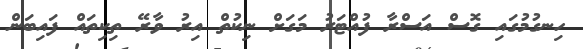
ހިނގުމުގައި ގޮސް އަސްރާ ފުއްޓަރު މަގަށް ނިކުތް އިރު ވާރޭ ތިކިތައް ފައިބަން